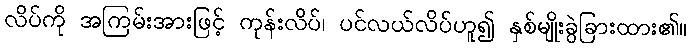
လိပ်ကို အကြမ်းအားဖြင့် ကုန်းလိပ်၊ ပင်လယ်လိပ်ဟူ၍ နှစ်မျိုးခွဲခြားထား၏။